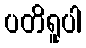
ပတိရူပါ